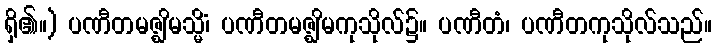
ရှိ၏။) ပဏီတမဇ္ဈိမသ္မိံ၊ ပဏီတမဇ္ဈိမကုသိုလ်၌။ ပဏီတံ၊ ပဏီတကုသိုလ်သည်။